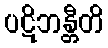
ပဋိဘန္တီတိ